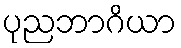
ပုညဘာဂိယာ